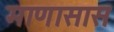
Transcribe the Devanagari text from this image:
माणासास